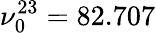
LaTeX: \nu_{0}^{23}=82.707